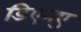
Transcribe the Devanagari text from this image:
डिएन्ए